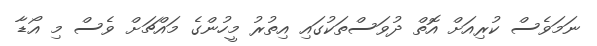
ނަަމަވެސް ކުރިއަށް އޮތް ދުވަސްތަކުގައި އިތުރު މީހުންގެ މައްޗަށް ވެސް މި އޯޑާ